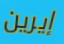
إيرين